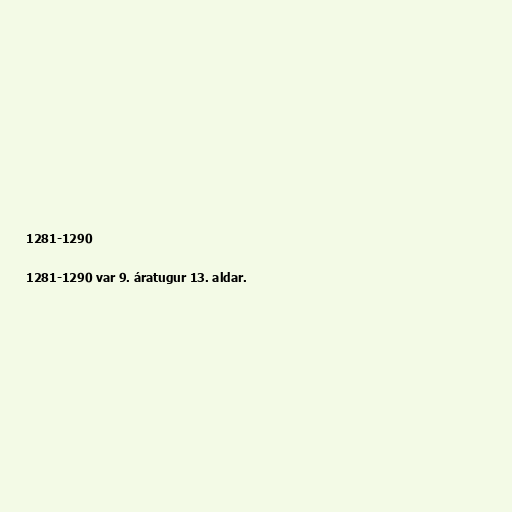
1281-1290

1281-1290 var 9. áratugur 13. aldar.